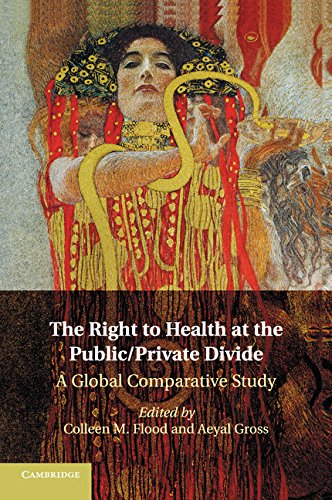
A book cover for The Right to Health at the Public/Private Divide: A Global Comparative Study; Law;